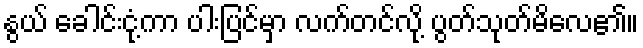
နွယ် ခေါင်းငုံ့ကာ ပါးပြင်မှာ လက်တင်လို့ ပွတ်သုတ်မိလေ၏။